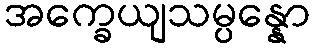
အက္ခေယျသမ္ပန္နော